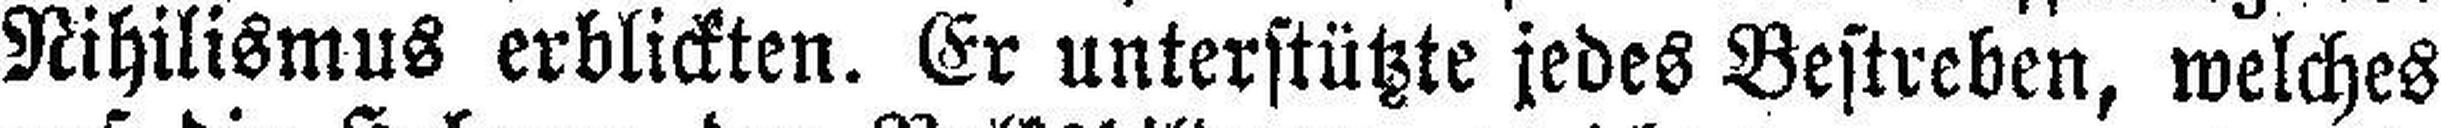
Nihilismus erblickten. Er unterstützte jedes Bestreben, welches